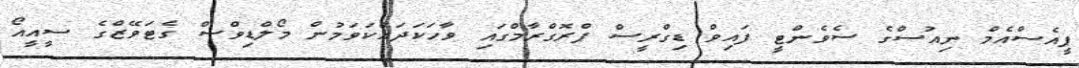
ޕީއެސްއެމް ނިއުސްގެ ސެވެންޓީ ފައިވް ޑިގްރީސް ޕްރޮގްރާމްގައި ވާހަކަދައްކަވަމުން މޯލްޑިވްސް ގެޓަވޭޒްގެ ސީއީއޯ